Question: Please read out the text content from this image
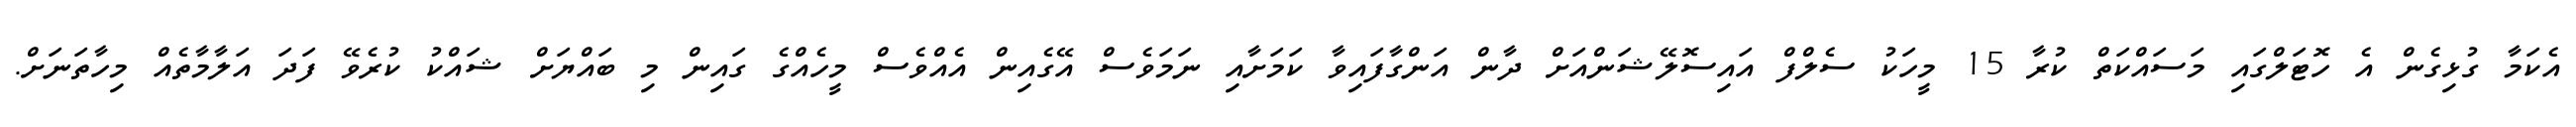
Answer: އެކަމާ ގުޅިގެން އެ ހޮޓަލްގައި މަސައްކަތް ކުރާ 15 މީހަކު ސެލްފް އައިސޮލޭޝަންއަށް ދާން އަންގާފައިވާ ކަމަށާއި ނަމަވެސް އޭގެއިން އެއްވެސް މީހެއްގެ ގައިން މި ބައްޔަށް ޝައްކު ކުރެވޭ ފަދަ އަލާމާތެއް މިހާތަނަށް.